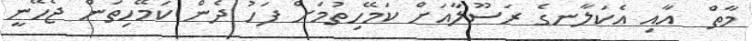
މާތް  އާއި އެކަލާނގެ ރަސޫލާއަށް ކަމޭހިތުމަށް ފަހު ދެން ކަމޭހިތަން ޖެހޭނީ